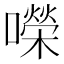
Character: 㘇